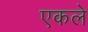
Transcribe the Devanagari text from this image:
एकले